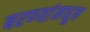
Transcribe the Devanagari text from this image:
बरण्यांमधून